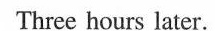
Three hours later.